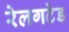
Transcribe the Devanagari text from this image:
रेलगटेड